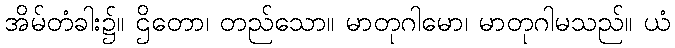
အိမ်တံခါး၌။ ဌိတော၊ တည်သော။ မာတုဂါမော၊ မာတုဂါမသည်။ ယံ